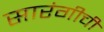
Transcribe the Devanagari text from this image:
सारंगीची